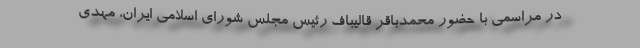
در مراسمی با حضور محمدباقر قالیباف رئیس مجلس شورای اسلامی ایران، مهدی